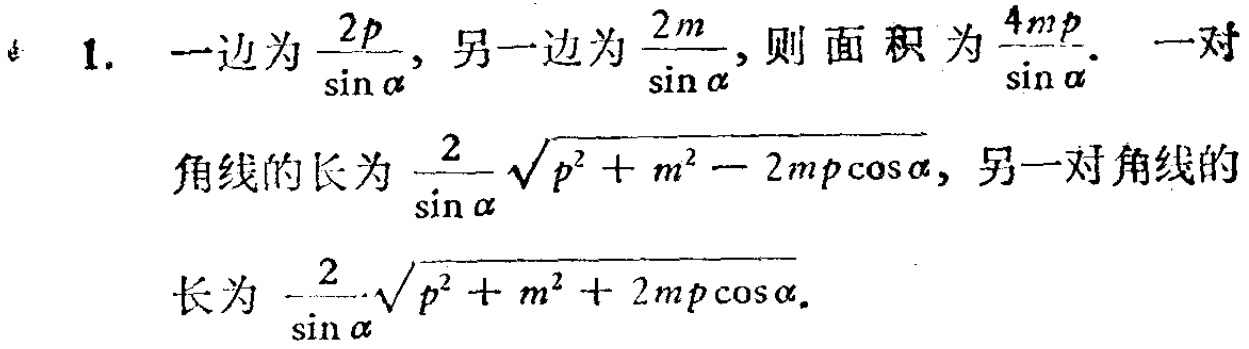
1. 一边为$\frac{2p}{\sin\alpha}$，另一边为$\frac{2m}{\sin\alpha}$，则面积为$\frac{4mp}{\sin\alpha}$。一对
角线的长为$\frac{2}{\sin\alpha}\sqrt{p^{2}+m^{2}-2mp\cos\alpha}$，另一对角线的
长为$\frac{2}{\sin\alpha}\sqrt{p^{2}+m^{2}+2mp\cos\alpha}$。